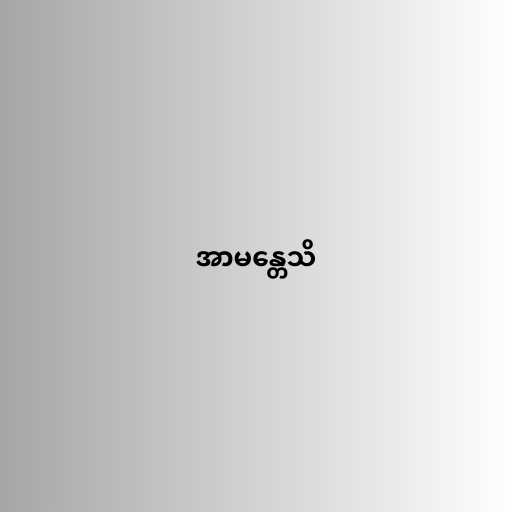
အာမန္တေသိ